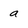
Character: a